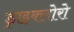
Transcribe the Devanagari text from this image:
ड्राइक्लोरो